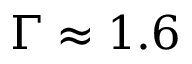
\Gamma \approx 1 . 6